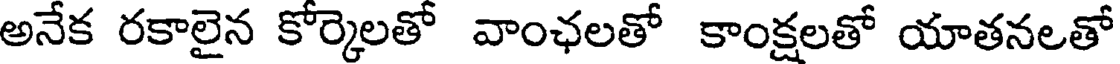
అనేక రకాలైన కోర్కెలతో వాంఛలతో కాంక్షలతో యాతనలతో